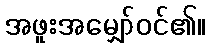
အဖူးအမျှော်ဝင်၏။